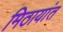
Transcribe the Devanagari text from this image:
मिठायांत